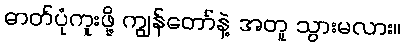
ဓာတ်ပုံကူးဖို့ ကျွန်တော်နဲ့ အတူ သွားမလား။